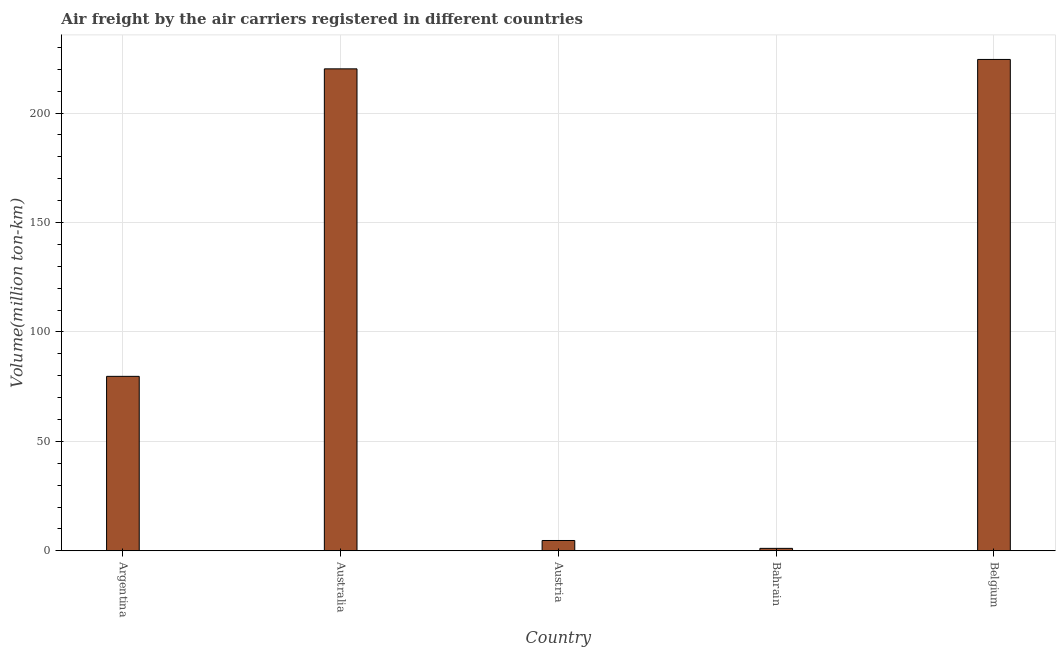
| Country | Air transport |
 | --- | --- |
 | Argentina | 79.7 |
 | Australia | 220 |
 | Austria | 4.7 |
 | Bahrain | 1.1 |
 | Belgium | 224 |